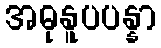
အဓုနူပပန္နာ